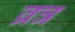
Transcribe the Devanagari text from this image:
व्रत्र